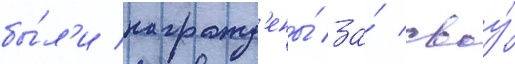
бы́л'и награжд'ены́ за́ своу́